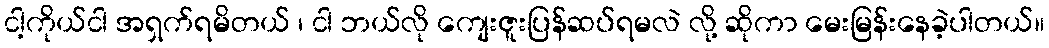
ငါ့ကိုယ်ငါ အရှက်ရမိတယ် ၊ ငါ ဘယ်လို ကျေးဇူးပြန်ဆပ်ရမလဲ လို့ ဆိုကာ မေးမြန်းနေခဲ့ပါတယ်။